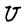
Character: U